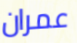
عمران